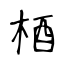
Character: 梄